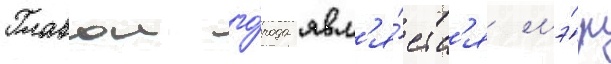
Главои го́рода явл'я́етс'я мэ́р